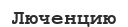
Люченцию